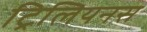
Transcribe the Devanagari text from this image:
ट्रिलियनस